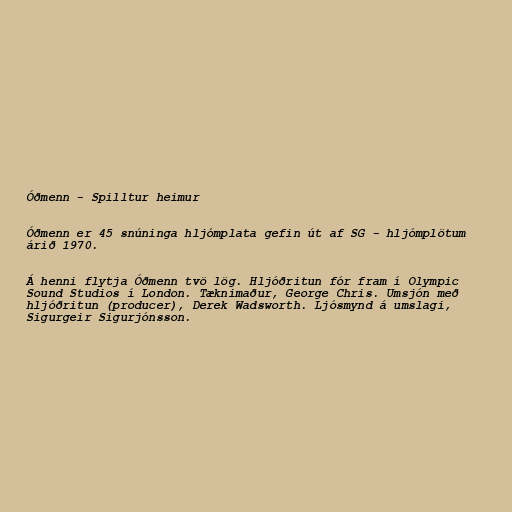
Óðmenn - Spilltur heimur

Óðmenn er 45 snúninga hljómplata gefin út af SG - hljómplötum
árið 1970.

Á henni flytja Óðmenn tvö lög. Hljóðritun fór fram í Olympic
Sound Studios í London. Tæknimaður, George Chris. Umsjón með
hljóðritun (producer), Derek Wadsworth. Ljósmynd á umslagi,
Sigurgeir Sigurjónsson.